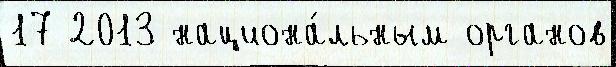
17 2013 национа́льным органов